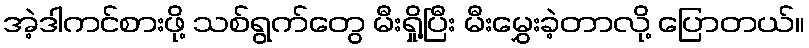
အဲ့ဒါကင်စားဖို့ သစ်ရွက်တွေ မီးရှို့ပြီး မီးမွှေးခဲ့တာလို့ ပြောတယ်။